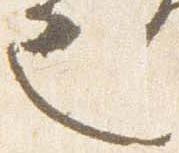
也